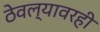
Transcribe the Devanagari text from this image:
ठेवल्यावरही